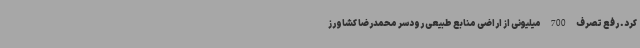
کرد. رفع تصرف 700 میلیونی از اراضی منابع طبیعی رودسر محمدرضا کشاورز